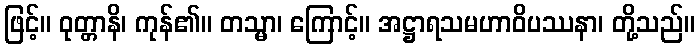
ဖြင့်။ ဝုတ္တာနိ၊ ကုန်၏။ တသ္မာ၊ ကြောင့်။ အဋ္ဌာရသမဟာဝိပဿနာ၊ တို့သည်။